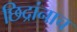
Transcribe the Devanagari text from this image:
छिद्रांनाच